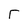
Character: T